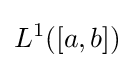
L^{1}([a,b])